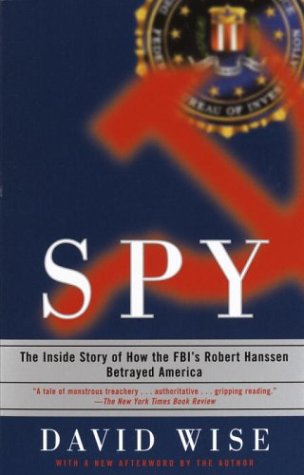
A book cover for Spy: The Inside Story of How the FBI's Robert Hanssen Betrayed America; David Wise; Biographies & Memoirs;